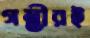
গম্ভীরই